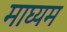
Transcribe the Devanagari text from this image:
माघ्‍यम